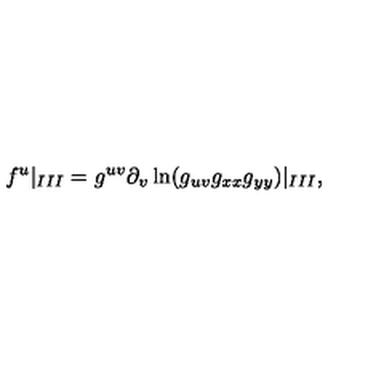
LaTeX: f ^ { u } | _ { I I I } = g ^ { u v } \partial _ { v } \ln ( g _ { u v } g _ { x x } g _ { y y } ) | _ { I I I } , { }